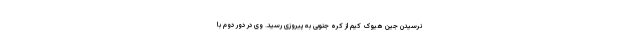
نرسیدن جین هیوک کیم از کره جنوبی به پیروزی رسید. وی در دور دوم با